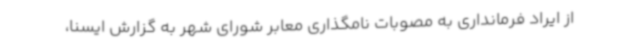
از ایراد فرمانداری به مصوبات نامگذاری معابر شورای شهر به گزارش ایسنا،